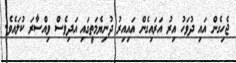
ޖެހިގެން އައި ދުވަހު އިރު އަރައިގެން އައިއިރު ދުނިޔެމަތީގައި އަދިވެސް ވިއްސާރަ ކުލައެވެ.